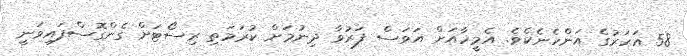
58 އަހަރުގެ އަންހެނެކެވެ. އެމީހާއަށް އަވަސް ފަރުވާ ދިނުމަށް ކުރަމަތި ރިސޯޓަށް ގެންގޮސްފައިވަނީ